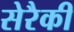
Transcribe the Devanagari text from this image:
सेरैकी